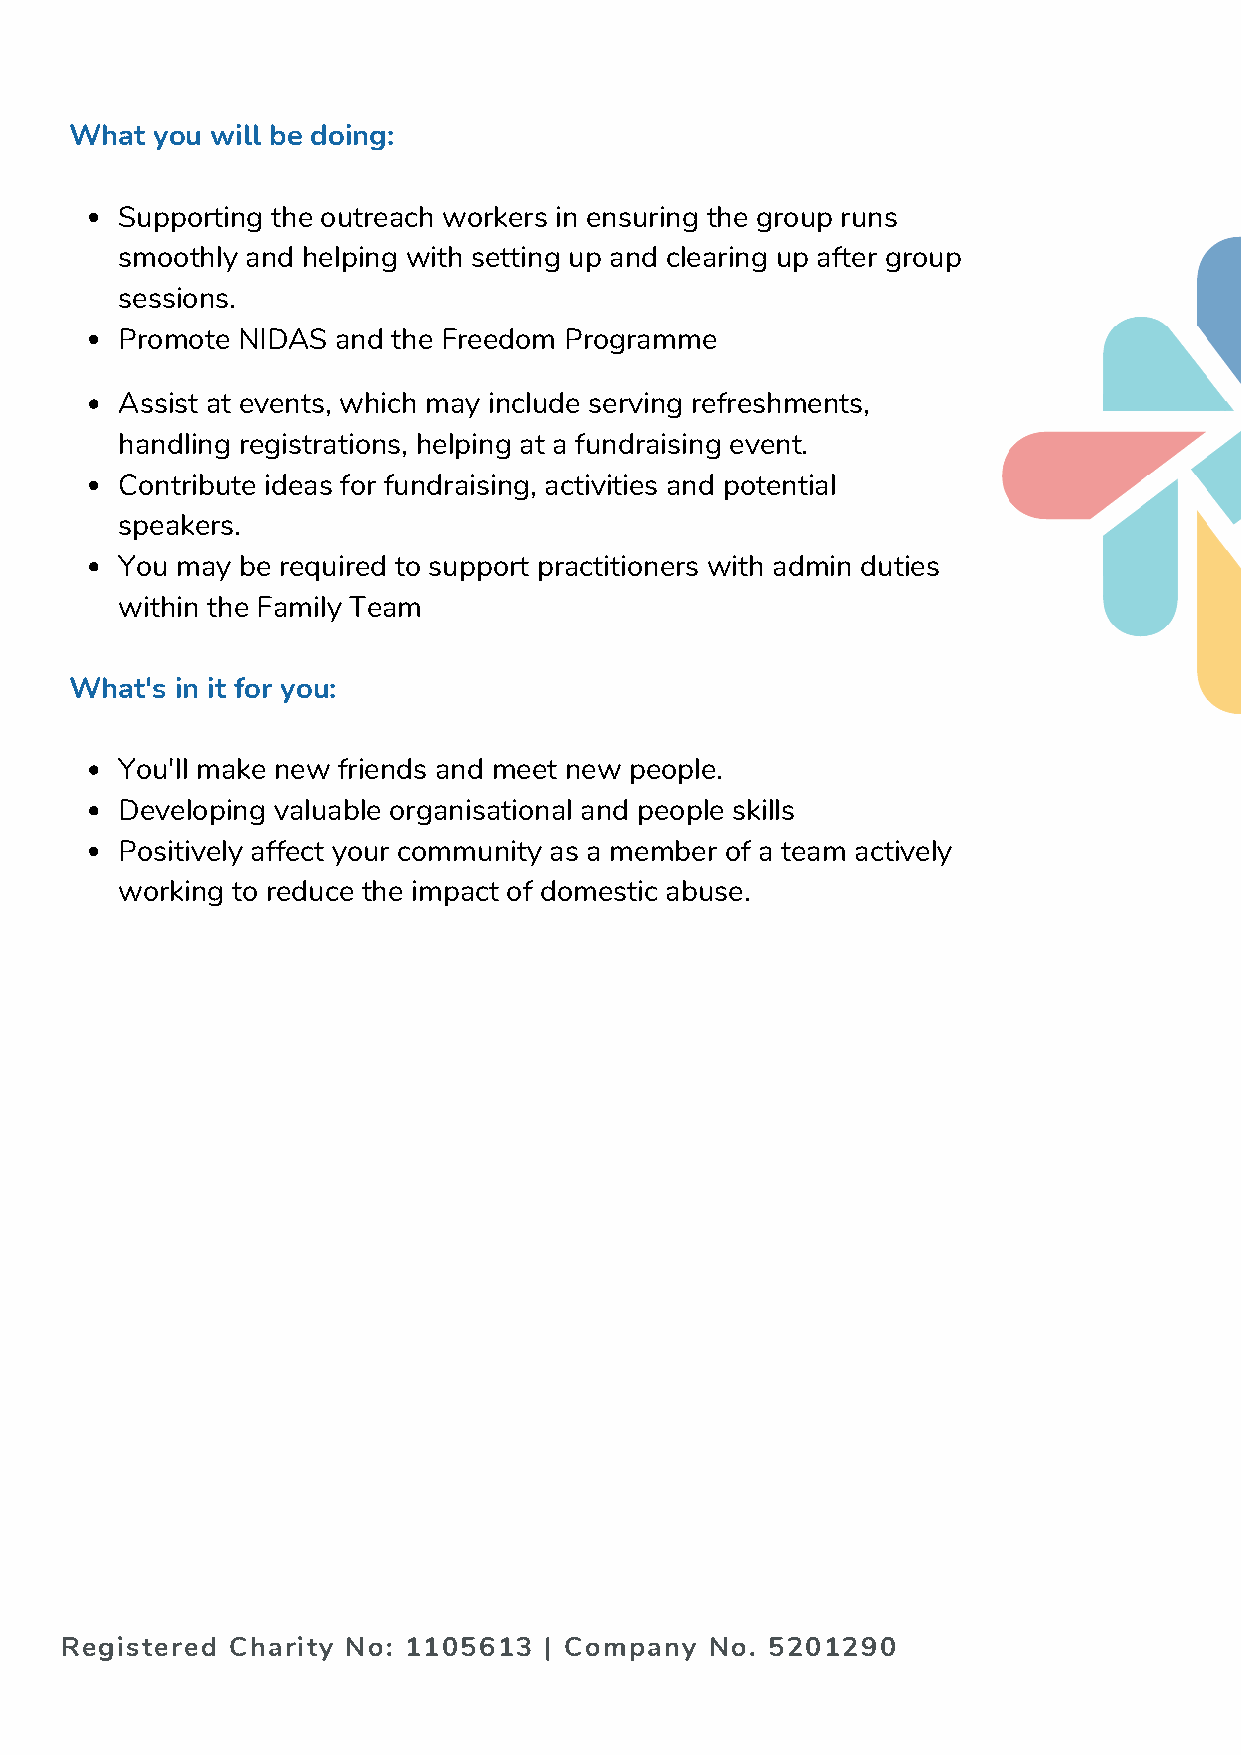
What you will be doing:
 Supporting the outreach workers in ensuring the group runs
 smoothly and helping with setting up and clearing up after group
 sessions.
 Promote NIDAS and the Freedom Programme
 Assist at events, which may include serving refreshments,
 handling registrations, helping at a fundraising event.
 Contribute ideas for fundraising, activities and potential
 speakers.
 You may be required to support practitioners with admin duties
 within the Family Team
 What's in it for you:
 You'll make new friends and meet new people.
 Developing valuable organisational and people skills
 Positively affect your community as a member of a team actively
 working to reduce the impact of domestic abuse.
 Registered Charity No: 1105613  | Company  No. 5201290